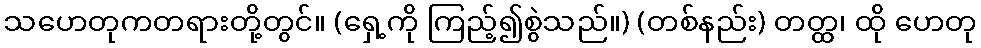
သဟေတုကတရားတို့တွင်။ (ရှေ့ကို ကြည့်၍စွဲသည်။) (တစ်နည်း) တတ္ထ၊ ထို ဟေတု